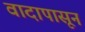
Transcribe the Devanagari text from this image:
वादापासून